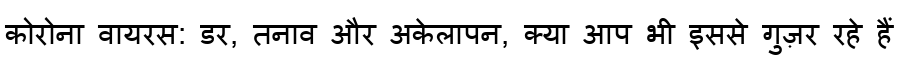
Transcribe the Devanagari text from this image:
कोरोना वायरस: डर, तनाव और अकेलापन, क्या आप भी इससे गुज़र रहे हैं